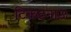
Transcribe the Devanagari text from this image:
टिकटनाऊ